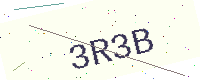
Text: 3R3B